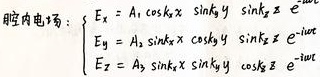
腔内电场：
\[
\begin{cases}
E_x = A_1 \cos k_x x \sin k_y y \sin k_z z \ e^{-i\omega t} \\
E_y = A_2 \sin k_x x \cos k_y y \sin k_z z \ e^{-i\omega t} \\
E_z = A_3 \sin k_x x \sin k_y y \cos k_z z \ e^{-i\omega t}
\end{cases}
\]